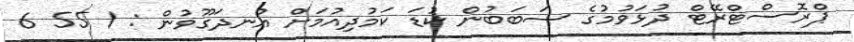
ޕްރޮސްޓްރޭޓް ދުޅަވުމުގެ ސަބަބުން ކުޑަ ކަމުދިއުމަށް އުނދަގޫވުން : 1 55 6